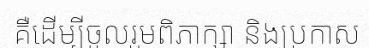
គឺដើម្បីចូលរួមពិភាក្សា និងប្រកាស